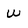
Character: w